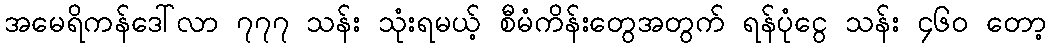
အမေရိကန်ဒေါ်လာ ၇၇၇ သန်း သုံးရမယ့် စီမံကိန်းတွေအတွက် ရန်ပုံငွေ သန်း ၄၆၀ တော့